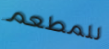
للمطعم